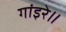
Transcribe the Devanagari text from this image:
गांइरे॥